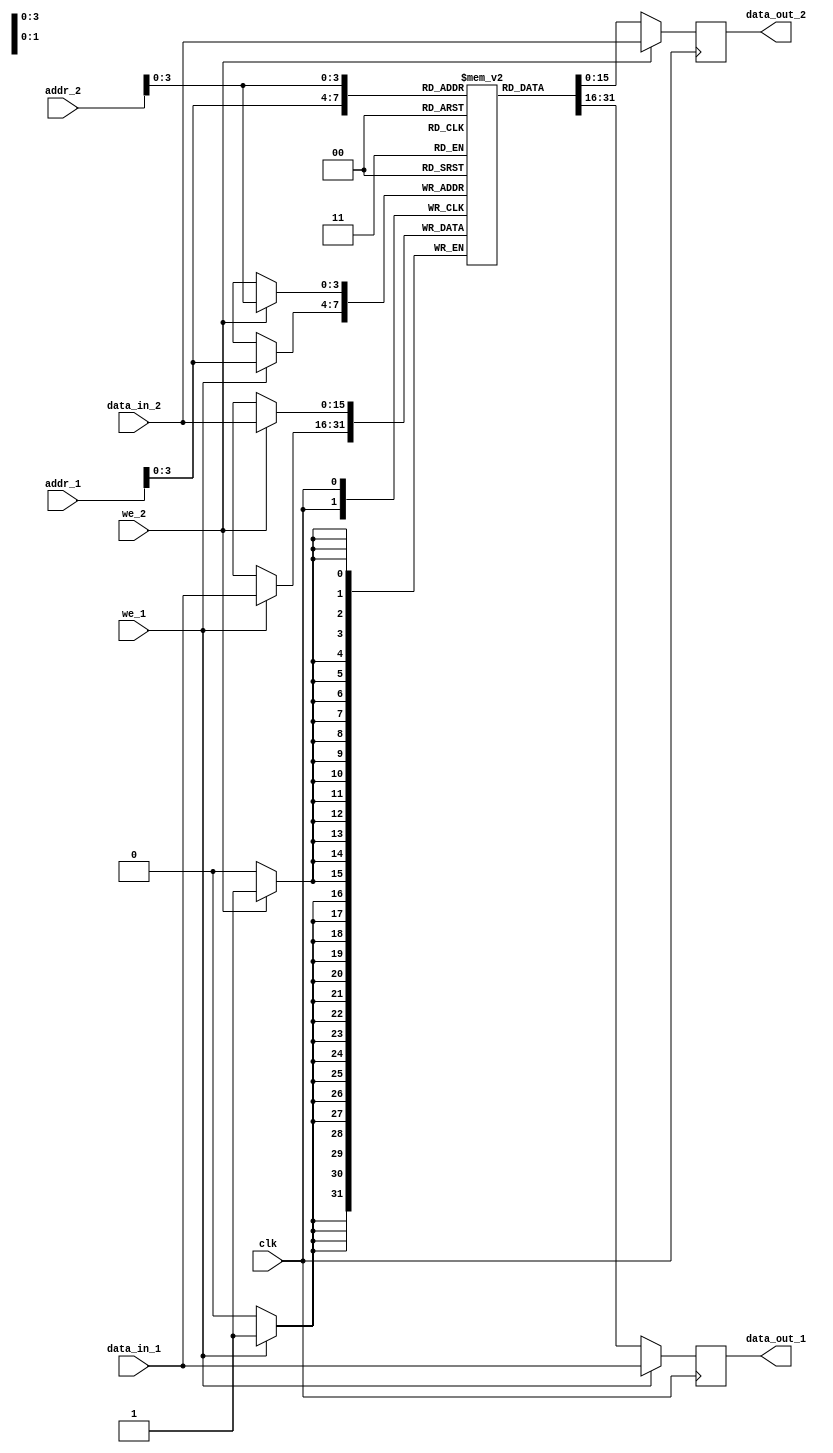
`timescale 1 ns / 1 ns
module ram_dual_port #(
  parameter data_width = 16,
  parameter addr_width = 10,
  parameter num_elements  = 16,
  parameter init_file  = "default.mem"
)(
  input [(data_width - 1) : 0] data_in_1, data_in_2,
  input [(addr_width - 1) : 0] addr_1, addr_2,
  input we_1, we_2, clk,
  output reg [(data_width - 1) : 0] data_out_1, data_out_2
);

  // Declare the RAM variable
  reg [(data_width - 1) : 0] ram[(num_elements - 1):0];

  integer i;
  initial begin
    if (init_file == "default.mem") begin
      for (i = 0; i < num_elements; i = i + 1)
        ram[i] = 0;
    end else begin
      $readmemh(init_file, ram);
    end
  end
  
  // Port A
  always @ ( posedge clk )
  begin
    if (we_1) begin
      ram[addr_1] <= data_in_1;
      data_out_1 <= data_in_1;
    end else begin
      data_out_1 <= ram[addr_1];
    end
  end

  // Port B
  always @ ( posedge clk )
  begin
    if (we_2) begin
      ram[addr_2] <= data_in_2;
      data_out_2 <= data_in_2;
    end else begin
      data_out_2 <= ram[addr_2];
    end
  end
endmodule

`timescale 1 ns / 1 ns
module ram_struct_dual_port #(
  parameter addr_width = 10,
  parameter num_elements  = 300,
  parameter init_file0  = "default.mem",
  parameter init_file1  = "default.mem",
  parameter init_file2  = "default.mem",
  parameter init_file3  = "default.mem",
  parameter init_file4  = "default.mem",
  parameter init_file5  = "default.mem",
  parameter init_file6  = "default.mem",
  parameter init_file7  = "default.mem"
)(
  input [63 : 0] data_in_1, data_in_2,
  input [(addr_width - 1) : 0] addr_1, addr_2,
  input [7 : 0] be_1, be_2,
  input we_1, we_2, clk,
  output [63 : 0] data_out_1, data_out_2
);

  wire RAM0_we_1, RAM0_we_2, RAM1_we_1, RAM1_we_2;
  wire RAM2_we_1, RAM2_we_2, RAM3_we_1, RAM3_we_2;
  wire RAM4_we_1, RAM4_we_2, RAM5_we_1, RAM5_we_2;
  wire RAM6_we_1, RAM6_we_2, RAM7_we_1, RAM7_we_2;

  assign RAM0_we_1 = we_1 && be_1[0];
  assign RAM0_we_2 = we_2 && be_2[0];
  ram_dual_port #(
    .data_width(8),
    .addr_width(addr_width),
    .num_elements(num_elements),
    .init_file(init_file0)
  ) RAM0 (
    .clk (clk),
    .we_1 (RAM0_we_1),
    .we_2 (RAM0_we_2),
    .addr_1 (addr_1),
    .addr_2 (addr_2),
    .data_in_1 (data_in_1[7 : 0]),
    .data_in_2 (data_in_2[7 : 0]),
    .data_out_1 (data_out_1[7 : 0]),
    .data_out_2 (data_out_2[7 : 0])
  );

  assign RAM1_we_1 = we_1 && be_1[1];
  assign RAM1_we_2 = we_2 && be_2[1];
  ram_dual_port #(
    .data_width(8),
    .addr_width(addr_width),
    .num_elements(num_elements),
    .init_file(init_file1)
  ) RAM1 (
    .clk (clk),
    .we_1 (RAM1_we_1),
    .we_2 (RAM1_we_2),
    .addr_1 (addr_1),
    .addr_2 (addr_2),
    .data_in_1 (data_in_1[15 : 8]),
    .data_in_2 (data_in_2[15 : 8]),
    .data_out_1 (data_out_1[15 : 8]),
    .data_out_2 (data_out_2[15 : 8])
  );

  assign RAM2_we_1 = we_1 && be_1[2];
  assign RAM2_we_2 = we_2 && be_2[2];
  ram_dual_port #(
    .data_width(8),
    .addr_width(addr_width),
    .num_elements(num_elements),
    .init_file(init_file2)
  ) RAM2 (
    .clk (clk),
    .we_1 (RAM2_we_1),
    .we_2 (RAM2_we_2),
    .addr_1 (addr_1),
    .addr_2 (addr_2),
    .data_in_1 (data_in_1[23 : 16]),
    .data_in_2 (data_in_2[23 : 16]),
    .data_out_1 (data_out_1[23 : 16]),
    .data_out_2 (data_out_2[23 : 16])
  );

  assign RAM3_we_1 = we_1 && be_1[3];
  assign RAM3_we_2 = we_2 && be_2[3];
  ram_dual_port #(
    .data_width(8),
    .addr_width(addr_width),
    .num_elements(num_elements),
    .init_file(init_file3)
  ) RAM3 (
    .clk (clk),
    .we_1 (RAM3_we_1),
    .we_2 (RAM3_we_2),
    .addr_1 (addr_1),
    .addr_2 (addr_2),
    .data_in_1 (data_in_1[31 : 24]),
    .data_in_2 (data_in_2[31 : 24]),
    .data_out_1 (data_out_1[31 : 24]),
    .data_out_2 (data_out_2[31 : 24])
  );

  assign RAM4_we_1 = we_1 && be_1[4];
  assign RAM4_we_2 = we_2 && be_2[4];
  ram_dual_port #(
    .data_width(8),
    .addr_width(addr_width),
    .num_elements(num_elements),
    .init_file(init_file4)
  ) RAM4 (
    .clk (clk),
    .we_1 (RAM4_we_1),
    .we_2 (RAM4_we_2),
    .addr_1 (addr_1),
    .addr_2 (addr_2),
    .data_in_1 (data_in_1[39 : 32]),
    .data_in_2 (data_in_2[39 : 32]),
    .data_out_1 (data_out_1[39 : 32]),
    .data_out_2 (data_out_2[39 : 32])
  );

  assign RAM5_we_1 = we_1 && be_1[5];
  assign RAM5_we_2 = we_2 && be_2[5];
  ram_dual_port #(
    .data_width(8),
    .addr_width(addr_width),
    .num_elements(num_elements),
    .init_file(init_file5)
  ) RAM5 (
    .clk (clk),
    .we_1 (RAM5_we_1),
    .we_2 (RAM5_we_2),
    .addr_1 (addr_1),
    .addr_2 (addr_2),
    .data_in_1 (data_in_1[47 : 40]),
    .data_in_2 (data_in_2[47 : 40]),
    .data_out_1 (data_out_1[47 : 40]),
    .data_out_2 (data_out_2[47 : 40])
  );

  assign RAM6_we_1 = we_1 && be_1[6];
  assign RAM6_we_2 = we_2 && be_2[6];
  ram_dual_port #(
    .data_width(8),
    .addr_width(addr_width),
    .num_elements(num_elements),
    .init_file(init_file6)
  ) RAM6 (
    .clk (clk),
    .we_1 (RAM6_we_1),
    .we_2 (RAM6_we_2),
    .addr_1 (addr_1),
    .addr_2 (addr_2),
    .data_in_1 (data_in_1[55 : 48]),
    .data_in_2 (data_in_2[55 : 48]),
    .data_out_1 (data_out_1[55 : 48]),
    .data_out_2 (data_out_2[55 : 48])
  );

  assign RAM7_we_1 = we_1 && be_1[7];
  assign RAM7_we_2 = we_2 && be_2[7];
  ram_dual_port #(
    .data_width(8),
    .addr_width(addr_width),
    .num_elements(num_elements),
    .init_file(init_file7)
  ) RAM7 (
    .clk (clk),
    .we_1 (RAM7_we_1),
    .we_2 (RAM7_we_2),
    .addr_1 (addr_1),
    .addr_2 (addr_2),
    .data_in_1 (data_in_1[63 : 56]),
    .data_in_2 (data_in_2[63 : 56]),
    .data_out_1 (data_out_1[63 : 56]),
    .data_out_2 (data_out_2[63 : 56])
  );

endmodule

`timescale 1 ns / 1 ns
module ram_dual_port_dist #(
  parameter data_width = 16,
  parameter addr_width = 10,
  parameter num_elements  = 16,
  parameter init_file  = "default.mem"
)(
  input [(data_width - 1) : 0] data_in_1, 
  input [(addr_width - 1) : 0] addr_1, addr_2,
  input we_1, clk,
  output wire [(data_width - 1) : 0] data_out_1, data_out_2
);

  // Declare the RAM variable
  reg [(data_width - 1) : 0] ram[(num_elements - 1):0];

  integer i;
  initial begin
    if (init_file == "default.mem") begin
      for (i = 0; i < num_elements; i = i + 1)
        ram[i] = 0;
    end else begin
      $readmemh(init_file, ram);
    end
  end
  
  // Port A
  always @ ( posedge clk )
  begin
    if (we_1) 
      ram[addr_1] <= data_in_1;
  end
  assign data_out_1 = ram[addr_1];
  assign data_out_2 = ram[addr_2];
endmodule